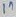
Text: 1n